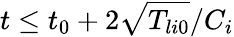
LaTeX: t\leq t_{0}+2\sqrt{T_{li0}}/C_{i}